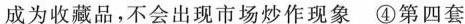
成为收藏品，不会出现市场炒作现象 \textcircled {4}第四套